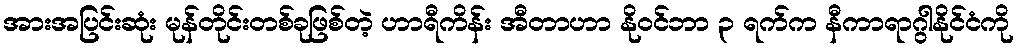
အားအပြင်းဆုံး မုန်တိုင်းတစ်ခုဖြစ်တဲ့ ဟာရီကိန်း အီတာဟာ နိုဝင်ဘာ ၃ ရက်က နီကာရာဂွါနိုင်ငံကို